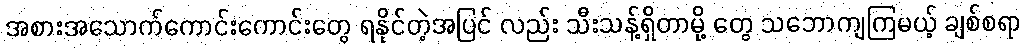
အစားအသောက်ကောင်းကောင်းတွေ ရနိုင်တဲ့အပြင် လည်း သီးသန့်ရှိတာမို့ တွေ သဘောကျကြမယ့် ချစ်စရာ